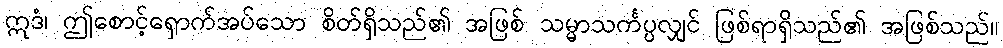
ဣဒံ၊ ဤစောင့်ရှောက်အပ်သော စိတ်ရှိသည်၏ အဖြစ် သမ္မာသင်္ကပ္ပလျှင် ဖြစ်ရာရှိသည်၏ အဖြစ်သည်။